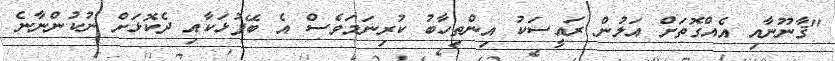
"ޤާނޫނާއި އެއްގޮތަށް އަލުން ރައީސަކު އިންތިހާބު ކުރިނަމަވެސް އެ ބޭފުޅަކާއި ދެކޮޅަށް ނުކުންނާނެ